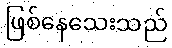
ဖြစ်နေသေးသည်